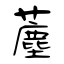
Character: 薼